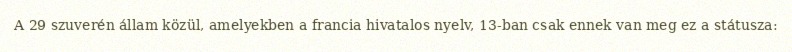
A 29 szuverén állam közül, amelyekben a francia hivatalos nyelv, 13-ban csak ennek van meg ez a státusza: